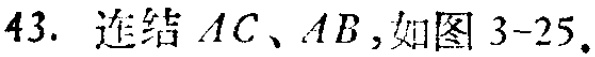
43. 连结 \(AC、AB\)，如图 3-25。